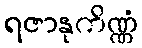
ရဇာနုကိဏ္ဏံ